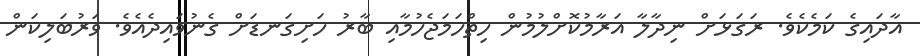
އާދައިގެ ކަމެކެވެ. ރަގަޅަށް ނިދާލާ އަރާމުކޮށްލުމުން ހިތްހަމަޖެހުމާއި ބާރު ހަށިގަނޑަށް ގެނުވައިދެއެވެ. ވަރުބަލިކަން